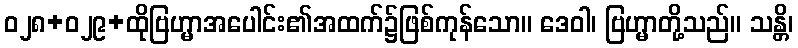
ဝ၂၈+၀၂၉+ထိုဗြဟ္မာအပေါင်း၏အထက်၌ဖြစ်ကုန်သော။ ဒေဝါ၊ ဗြဟ္မာတို့သည်။ သန္တိ၊